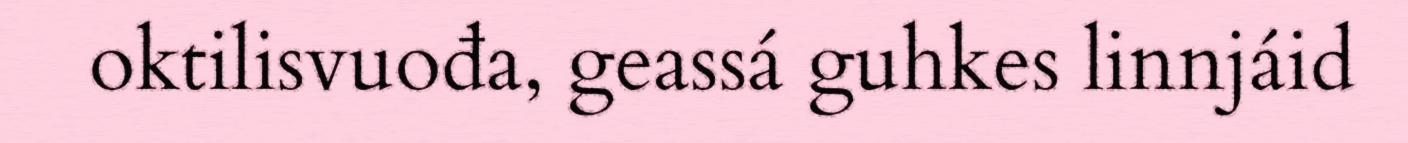
oktilisvuođa, geassá guhkes linnjáid